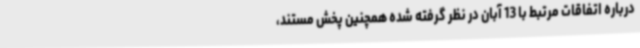
درباره اتفاقات مرتبط با 13 آبان در نظر گرفته شده همچنین پخش مستند،